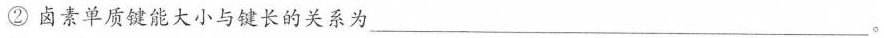
②卤素单质键能大小与键长的关系为___。